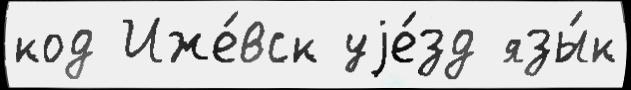
код Иже́вск уjе́зд язы́к